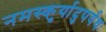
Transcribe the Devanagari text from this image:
नमस्कुर्यादुपर्यधः